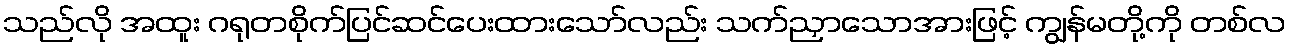
သည်လို အထူး ဂရုတစိုက်ပြင်ဆင်ပေးထားသော်လည်း သက်ညှာသောအားဖြင့် ကျွန်မတို့ကို တစ်လ